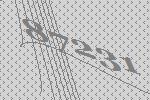
87231